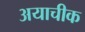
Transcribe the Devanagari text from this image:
अयाचीक